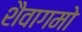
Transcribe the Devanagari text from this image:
शैवागमो